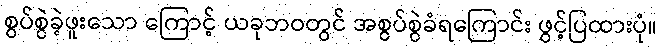
စွပ်စွဲခဲ့ဖူးသော ကြောင့် ယခုဘဝတွင် အစွပ်စွဲခံရကြောင်း ဖွင့်ပြထားပုံ။